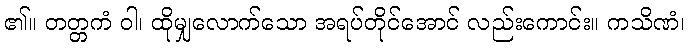
၏။ တတ္တကံ ဝါ၊ ထိုမျှလောက်သော အရပ်တိုင်အောင် လည်းကောင်း။ ကသိဏံ၊